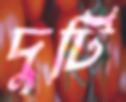
দুটি